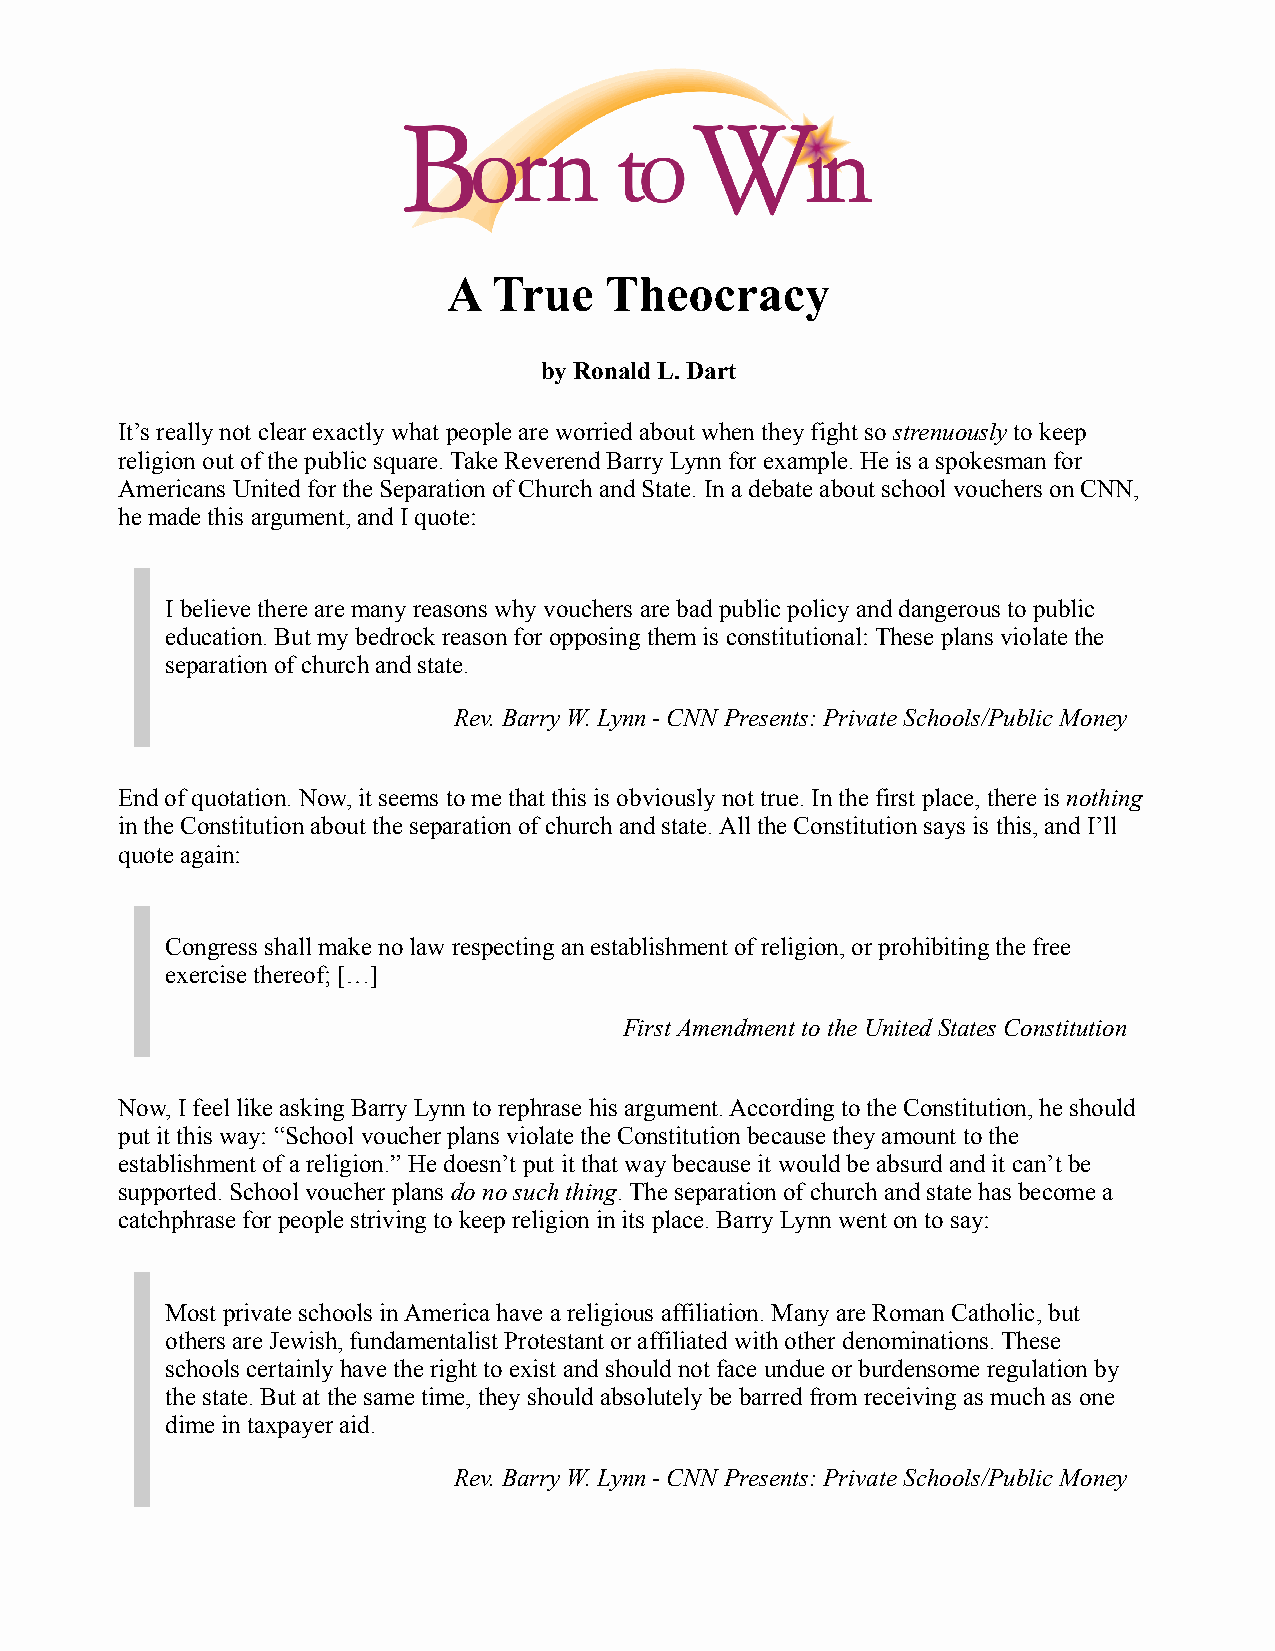
A  True   Theocracy
 by Ronald L. Dart
 It’s really not clear exactly what people are worried about when they fight so strenuously to keep
 religion out of the public square. Take Reverend Barry Lynn for example. He is a spokesman for
 Americans United for the Separation of Church and State. In a debate about school vouchers on CNN,
 he made this argument, and I quote:
 I believe there are many reasons why vouchers are bad public policy and dangerous to public
 education. But my bedrock reason for opposing them is constitutional: These plans violate the
 separation of church and state.
 Rev. Barry W. Lynn - CNN Presents: Private Schools/Public Money
 End of quotation. Now, it seems to me that this is obviously not true. In the first place, there is nothing
 in the Constitution about the separation of church and state. All the Constitution says is this, and I’ll
 quote again:
 Congress shall make no law respecting an establishment of religion, or prohibiting the free
 exercise thereof; […]
 First Amendment to the United States Constitution
 Now, I feel like asking Barry Lynn to rephrase his argument. According to the Constitution, he should
 put it this way: “School voucher plans violate the Constitution because they amount to the
 establishment of a religion.” He doesn’t put it that way because it would be absurd and it can’t be
 supported. School voucher plans do no such thing. The separation of church and state has become a
 catchphrase for people striving to keep religion in its place. Barry Lynn went on to say:
 Most private schools in America have a religious affiliation. Many are Roman Catholic, but
 others are Jewish, fundamentalist Protestant or affiliated with other denominations. These
 schools certainly have the right to exist and should not face undue or burdensome regulation by
 the state. But at the same time, they should absolutely be barred from receiving as much as one
 dime in taxpayer aid.
 Rev. Barry W. Lynn - CNN Presents: Private Schools/Public Money